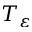
T _ { \varepsilon }